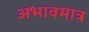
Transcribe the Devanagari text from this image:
अभावमात्र